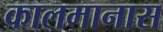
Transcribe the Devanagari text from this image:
कालमानास